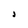
Character: j